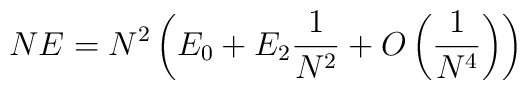
NE = N^{2} \left( E_{0} + E_{2} \frac {1}{N^2} + O \left(\frac{1}{N^4} \right) \right)